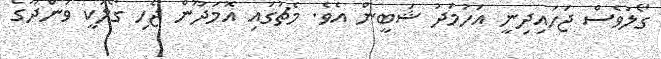
ގޯލުވެސް ޖަހައިދިނީ އަހުމަދު ޝަބީން އެވެ. މެޗުގައި އޮމަދޫން ޖެހި ގޯލަކީ ވަންދޫގެ